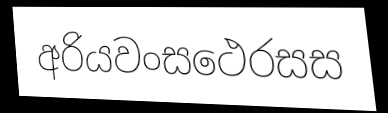
අරියවංසථෙරසස